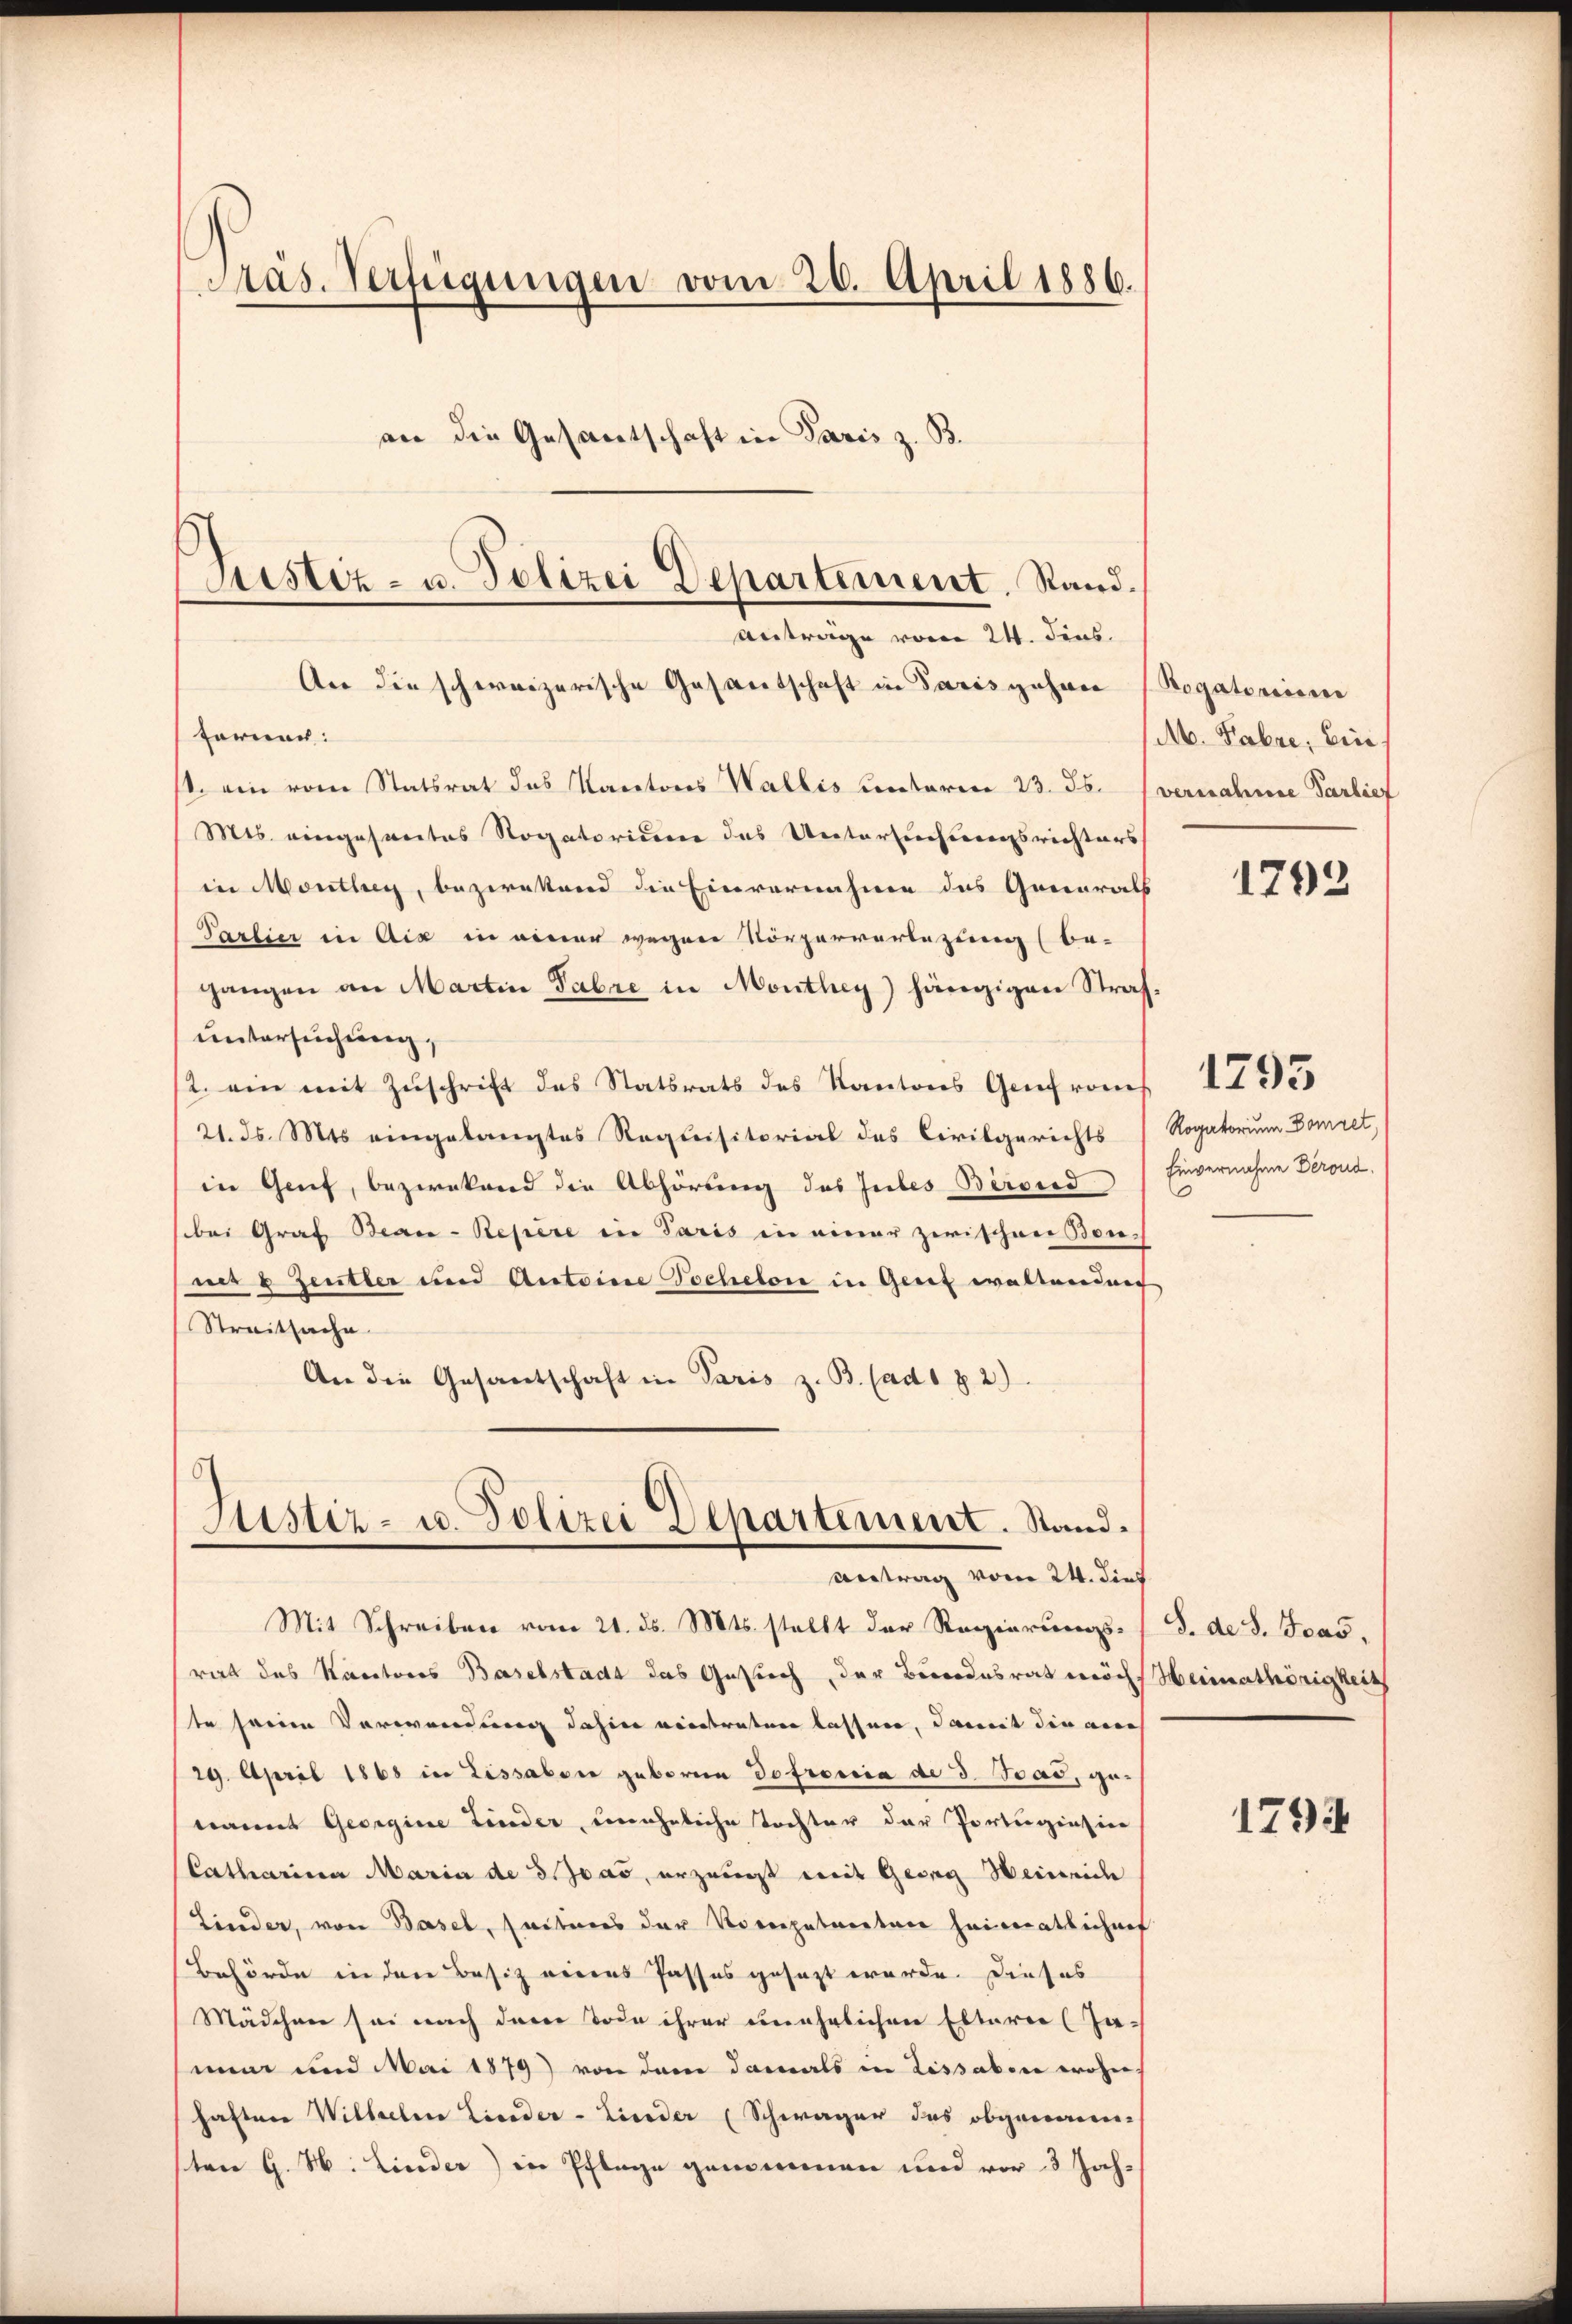
Pras. Verfügungen vom 26. April 1886.
an die Gesantschaft in Paris z. B.

ferner:
s. ein vom Statsrat das Kantons Wallis unterm 23. ds.
Mts. eingesantes Rogatorium das Untersuchungsrichters
in Monthey, bezwekend die Einvernahme des Generals
Parlier in Aix in einer wegen Körperverlegung (be-
gangen an Martin Fabre in Monthey) hängigen Strafuntersuchung,
/2. ein mit Zŭschrift des Statsrats des Kantons Genf vom
21. ds. Mts. eingelangtes Requisitorial des Civilgerichts
in Genf, bezweckend die Abhörung des Jubes Berond
bei Graf Beau-Repere in Paris in einer zwischen Sonmit 8 Zeutter und Antoine Tochelon in Genf waltenden
Streitsache
An die Gesandschaft in Paris z. B. (ad Z. 2)

Astiz- u. Polizei Departement. Stand.
Antrage vom 24. Fens
An die schweizerische Gasantschaft in Paris Johan (Rogatorisie

Justiz- u. Polizei Departement. Stand.
Antrag vom 24. dies

Mit Schreiben vom 21. ds. Mts. stellt der Regierungs- (T. de S. cas,
rat des Kantons Baselstadt das Gesuch, der Bundesrat wöch Heimathörigkeit
te seine Verwendung dahin eintreten lassen, damit die au
29. April 1868 in Lissabone geboren Hofrosia de 3. Toad, genannt Georgine Linder, uneheliche Tochter der Portugiasion
Catharina Maria de 3. Joas, erzeugt mit Georg Heinrich
Linder, von Basel, seiteres der Vorgatareten heimatlichrif
Behörde in den Besitz eines Passes gesezt werde. Dieses
Mädchen sei nach den Tode ihrer unehrlichen Eltern (Ja-
mi und Mai 1879) von dem damals in Lissaben wohn
haften Wilhelm Lieder-Linder (Schwager des obgenom-
sten G. H. Linder) in Pflege genommen und vor 3 Jah¬

M. Fabre, Ein
vernahme Tanlief

1793

Rogatorium Domret,
Einvernahme Deroud.

1795

1794